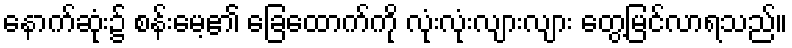
နောက်ဆုံး၌ စန်းမေ့၏ ခြေထောက်ကို လုံးလုံးလျားလျား တွေ့မြင်လာရသည်။